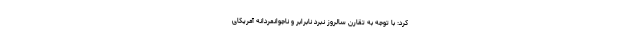
کرد: با توجه به تقارن سالروز نبرد نابرابر و ناجوانمردانه آمریکای